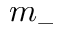
m _ { - }